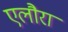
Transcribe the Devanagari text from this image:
एलौरा